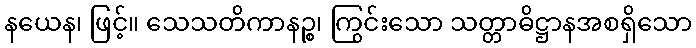
နယေန၊ ဖြင့်။ သေသတိကာနဉ္စ၊ ကြွင်းသော သတ္တာဓိဋ္ဌာနအစရှိသော